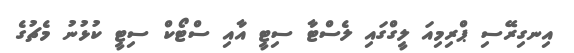
އިނގިރޭސި ޕްރިމިއަ ލީގްގައި ލެސްޓާ ސިޓީ އާއި ސްޓޯކް ސިޓީ ކުޅުނު މެޗުގެ